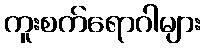
ကူးစက်ရောဂါများ